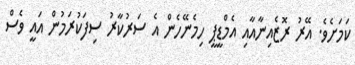
ކަމަށެވެ. އޭރު ރޮޒެއިނާއާއި އެމްޑީޕީ ހިމެނޭހެން އެ ސަރުކާރު ސިފަކުރަމުން އައީ ވެސް